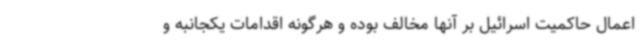
اعمال حاکمیت اسرائیل بر آنها مخالف بوده و هرگونه اقدامات یکجانبه و